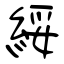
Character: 綏